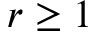
r \geq 1